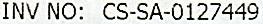
INV NO: CS-SA-0127449